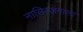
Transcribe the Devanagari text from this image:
नासिरजंगाला